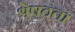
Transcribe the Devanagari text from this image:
श्रेषठता